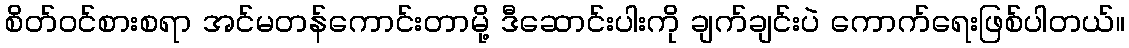
စိတ်ဝင်စားစရာ အင်မတန်ကောင်းတာမို့ ဒီဆောင်းပါးကို ချက်ချင်းပဲ ကောက်ရေးဖြစ်ပါတယ်။